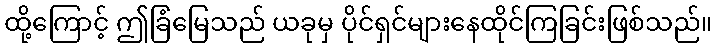
ထို့ကြောင့် ဤခြံမြေသည် ယခုမှ ပိုင်ရှင်များနေထိုင်ကြခြင်းဖြစ်သည်။